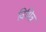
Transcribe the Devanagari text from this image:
विभिन्न